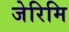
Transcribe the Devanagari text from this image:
जेरिमि